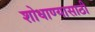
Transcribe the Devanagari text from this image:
शोधाण्यासाठी